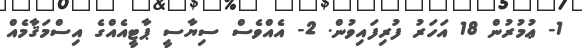
1- ޢުމުރުން 18 އަހަރު ފުރިފައިވުން. 2- އެއްވެސް ސިޔާސީ ޕާޓީއެއްގެ އިސްމަޤާމެއް